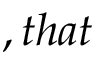
, t h a t